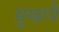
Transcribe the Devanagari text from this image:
सुखायै